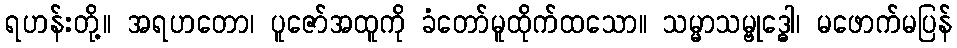
ရဟန်းတို့။ အရဟတော၊ ပူဇော်အထူကို ခံတော်မူထိုက်ထသော။ သမ္မာသမ္ဗုဒ္ဓေါ၊ မဖောက်မပြန်